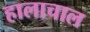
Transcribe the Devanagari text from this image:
हालाचाल